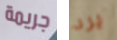
جريمة يرد